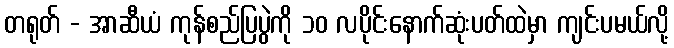
တရုတ် - အာဆီယံ ကုန်စည်ပြပွဲကို ၁၀ လပိုင်းနောက်ဆုံးပတ်ထဲမှာ ကျင်းပမယ်လို့